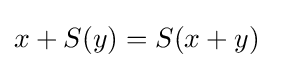
x+S(y)=S(x+y)\